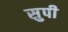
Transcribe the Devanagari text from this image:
सुपी